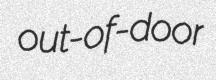
out-of-door